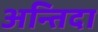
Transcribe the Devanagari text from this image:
अन्तिदा